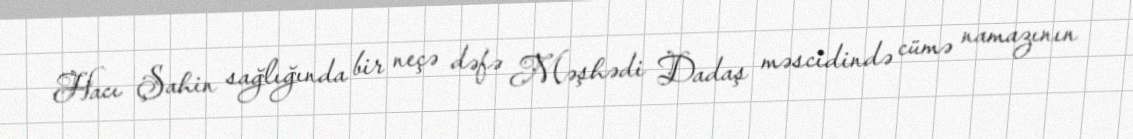
Hacı Şahin sağlığında bir neçə dəfə Məşhədi Dadaş məscidində cümə namazının